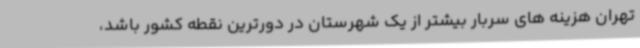
تهران هزینه های سربار بیشتر از یک شهرستان در دورترین نقطه کشور باشد،